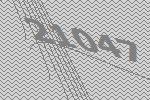
21047